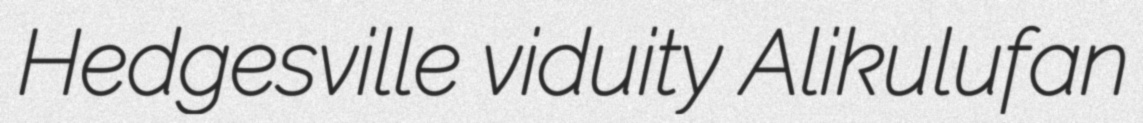
Hedgesville viduity Alikulufan